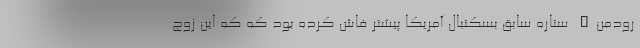
رودمن" ستاره سابق بسکتبال آمریکا پیشتر فاش کرده بود که که این زوج